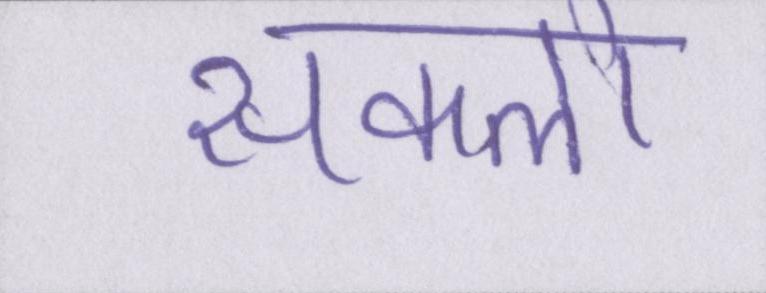
सकलो